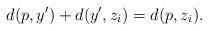
LaTeX: \begin{align*}d(p,y') + d(y',z_i) = d(p, z_i).\end{align*}